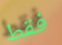
فقط